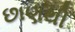
છાણથી